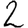
Digit: 2